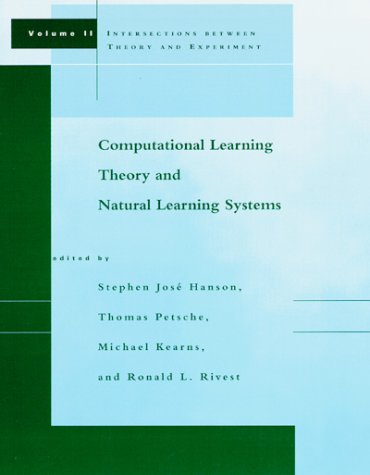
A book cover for Computational Learning Theory and Natural Learning Systems, Vol. II: Intersections between Theory and Experiment; Computers & Technology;